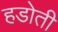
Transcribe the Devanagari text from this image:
हडोती